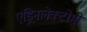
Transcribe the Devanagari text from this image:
एड्रिनलेक्टोमी